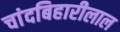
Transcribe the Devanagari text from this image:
चांदबिहारीलाल